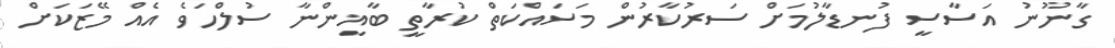
ގާނޫނު އަސާސީ ފުނޑާލުމަށް ސަރުކާރުން މަސައްކަތް ކުރާތީ ބާޣީންނާ ސުލްހަވެ އެއް މޭޒަކަށް